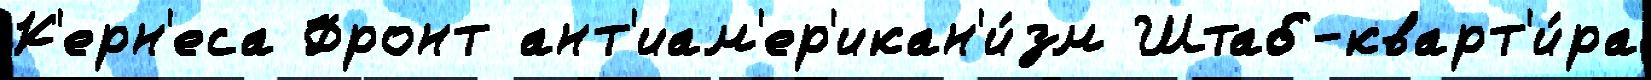
К'ерн'еса Фронт ант'иам'ер'икан'и́зм Штаб-кварт'и́ра